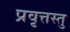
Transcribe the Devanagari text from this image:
प्रवृत्तस्तु